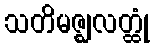
သတိမဇ္ဈလတ္ထုံ